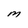
Character: M